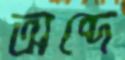
অব্দে